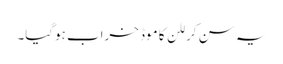
یہ سن کر للن کا موڈ خراب ہوگیا۔